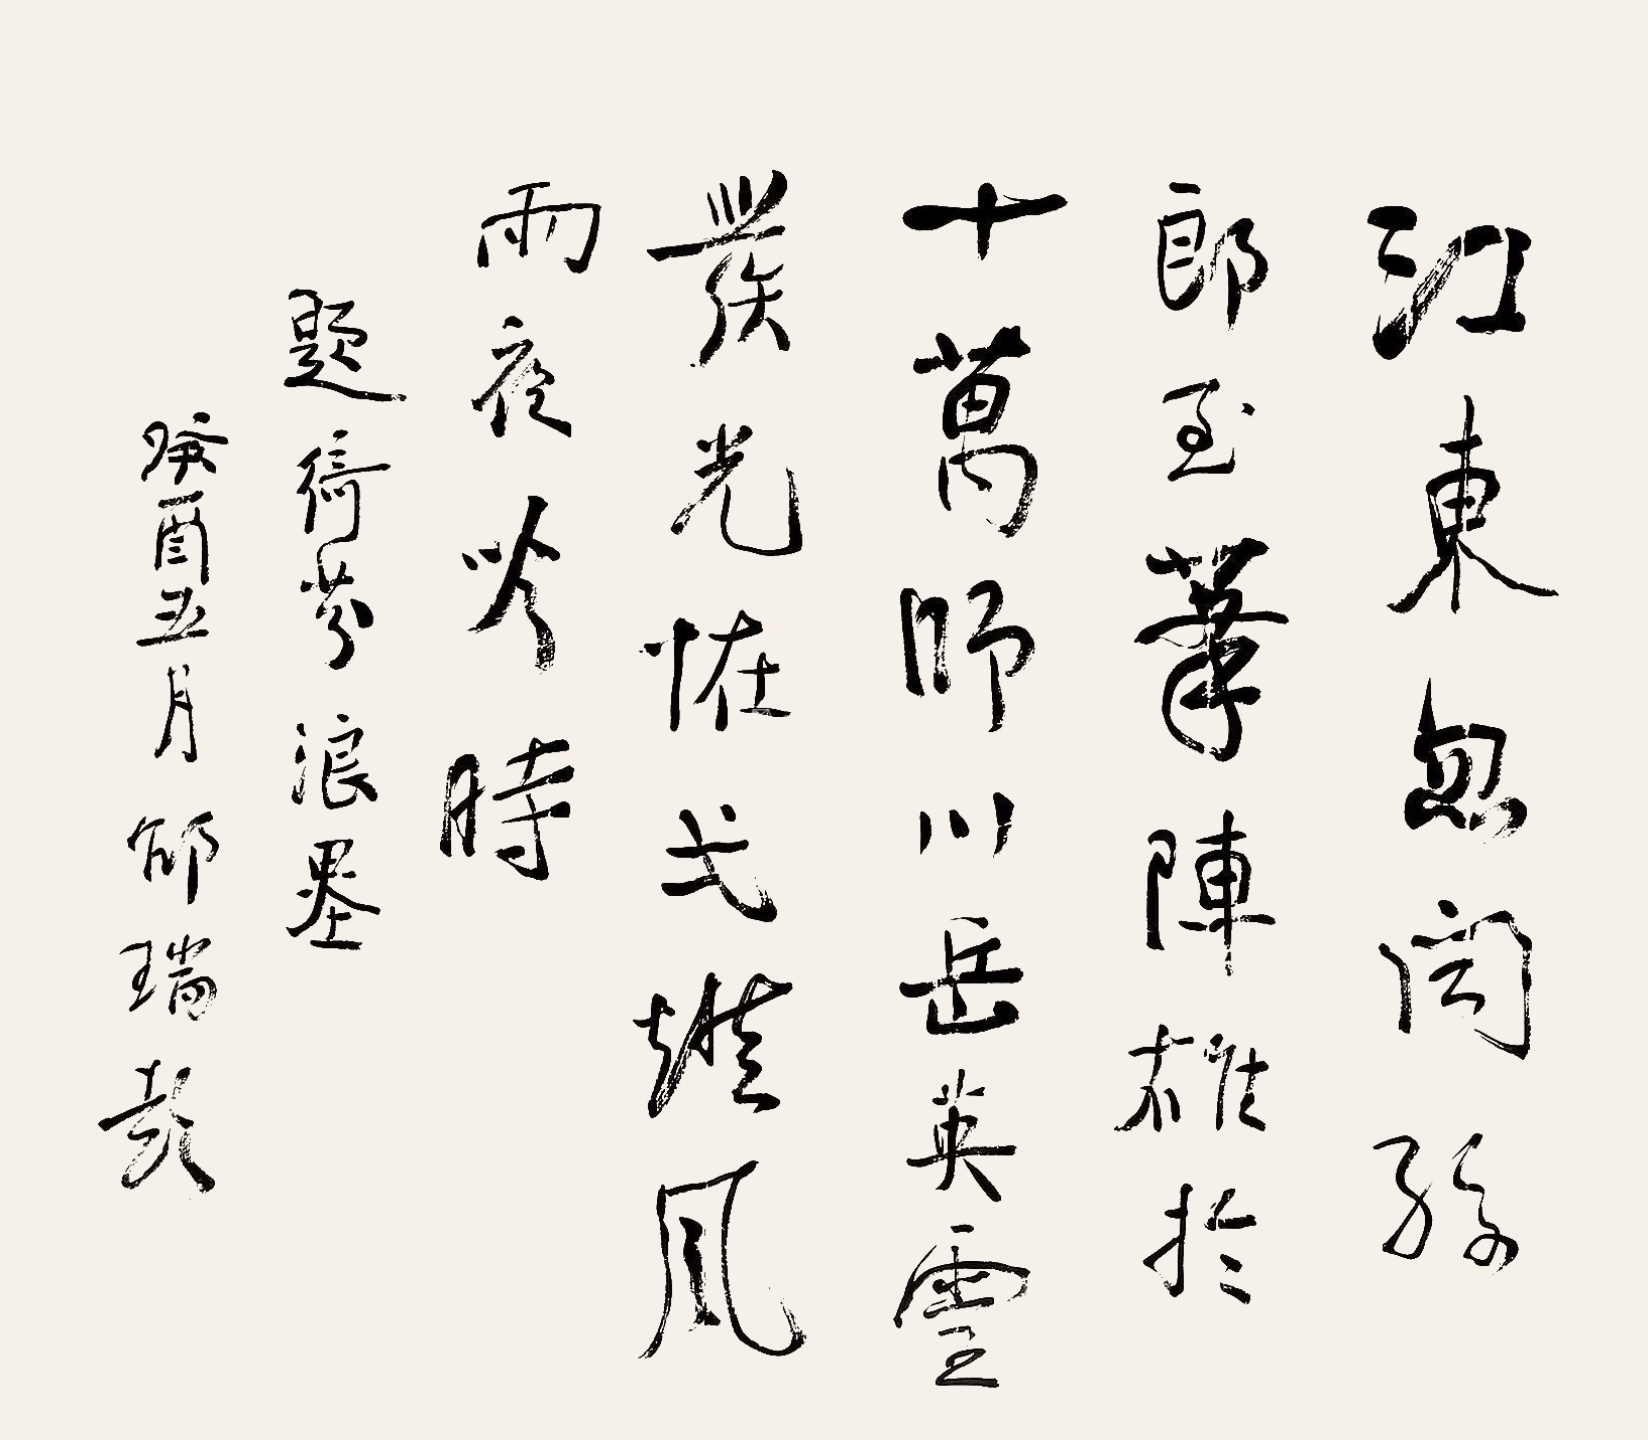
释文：江东忽闻孙郎至，笔阵雄于十万师。川岳英灵发光恠，弌灯风雨夜吟时。题绮芬浪墨，癸酉五月邵瑞彭。